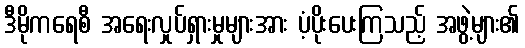
ဒီမိုကရေစီ အရေးလှုပ်ရှားမှုများအား ပံ့ပိုးပေးကြသည့် အဖွဲ့များ၏